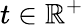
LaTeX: t\in\mathbb{R}^{+}